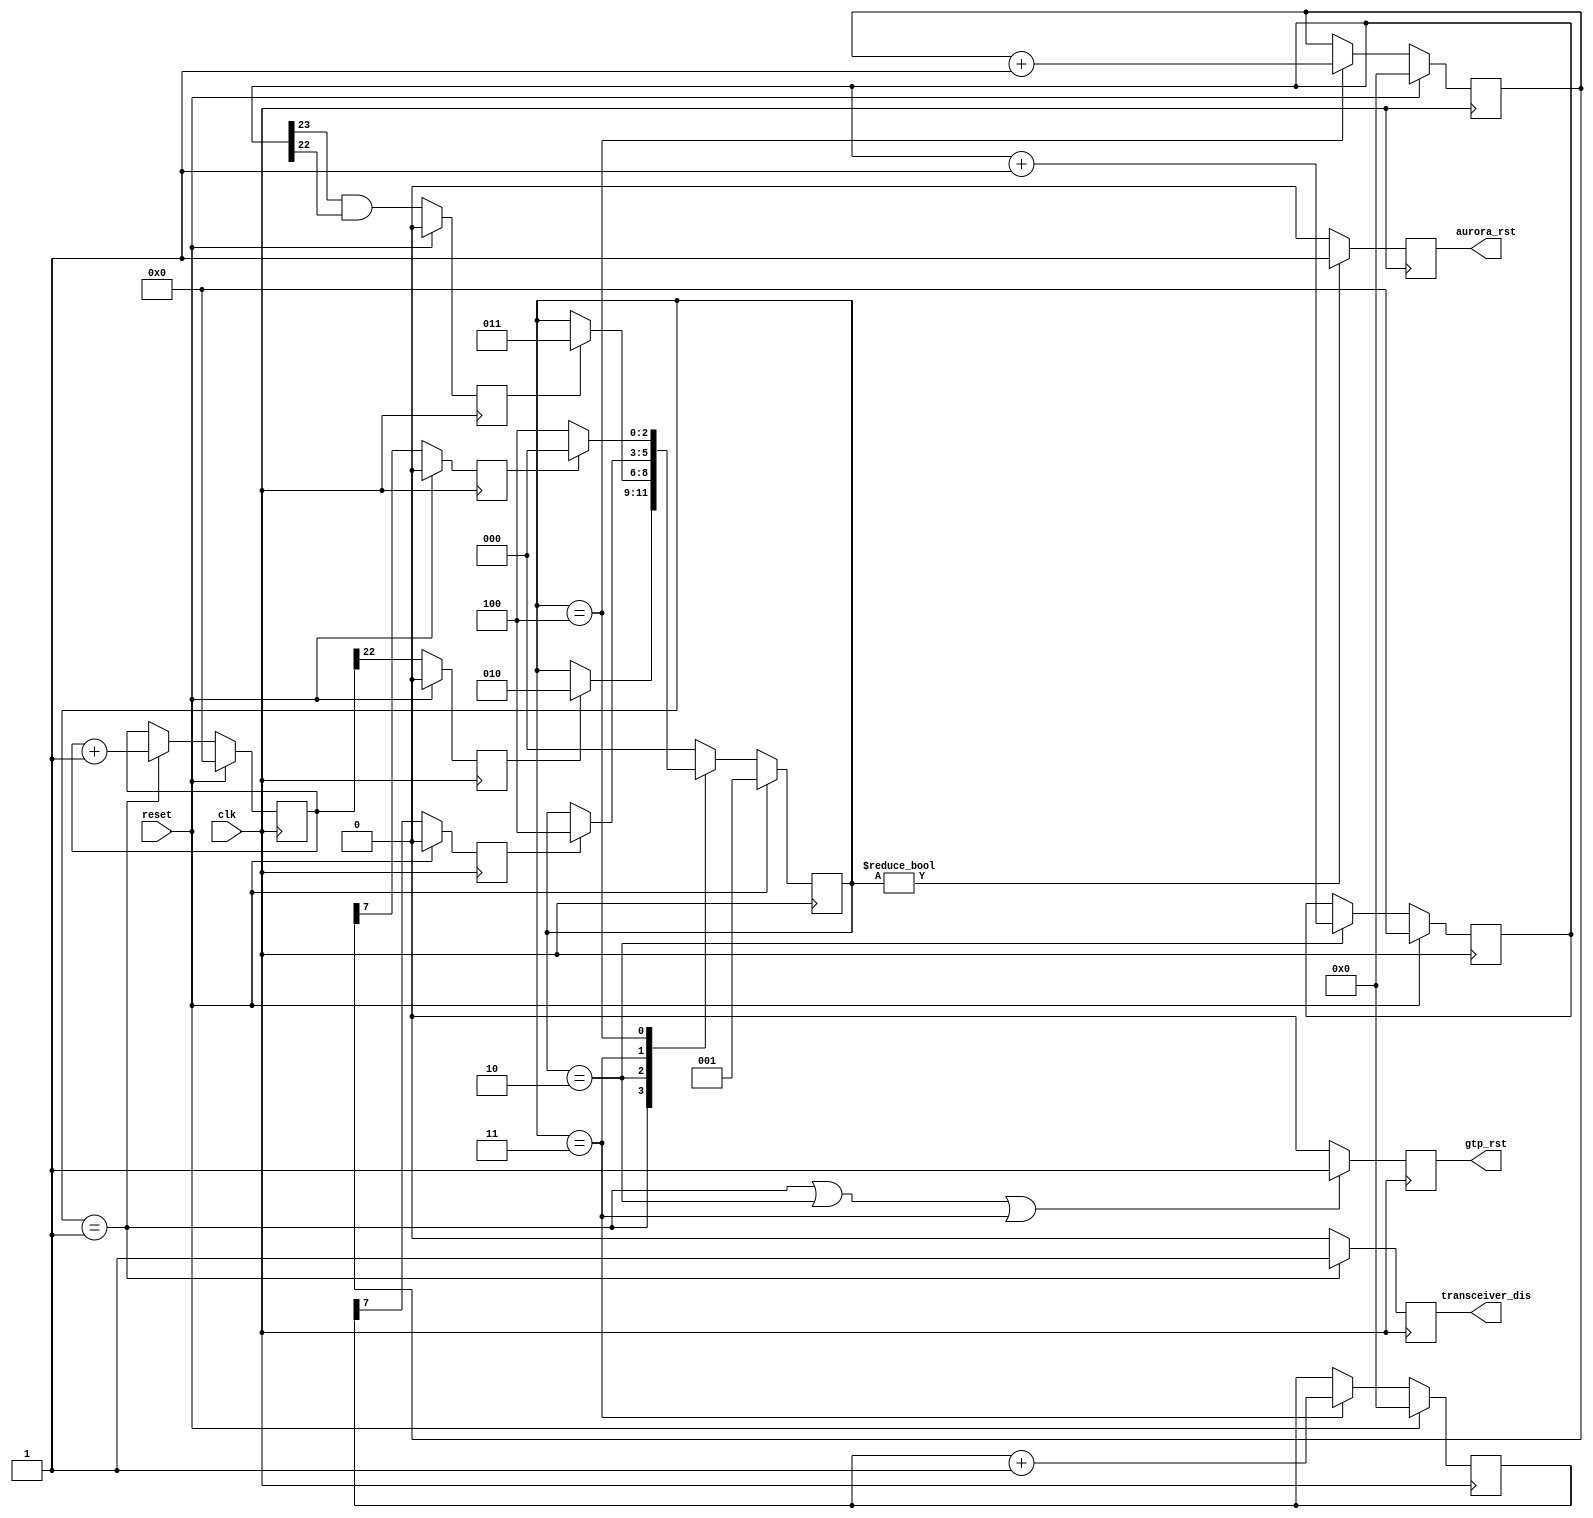
`timescale 1ns / 1ps
//////////////////////////////////////////////////////////////////////////////////
// Company: 
// Engineer: 
// 
// Design Name: 
// Module Name:    transceiver_reset 
// Project Name: 
// Target Devices: 
// Tool versions: 
// Description: 
//
// Dependencies: 
//
// Revision: 
// Revision 0.01 - File Created
// Additional Comments: 
//
//////////////////////////////////////////////////////////////////////////////////
module transceiver_reset(
		input reset,
		input clk, //init clock
		output reg transceiver_dis,
		output reg gtp_rst,
		output reg aurora_rst
    );

reg [2:0] state;
localparam IDLE=3'd0,
			  RESET_DIS=3'd1,
			  WAIT_DIS=3'd2,
			  WAIT_GTP=3'd3,
			  WAIT_RST=3'd4;
			  
reg [23:0] dis_100ms;
reg [23:0] dis_300ms;
reg reset_dis_done;
reg wait_dis_done;
reg [7:0] gtp_reset_cnt;
reg wait_gtp_done;
reg [7:0] wait_rst_cnt;
reg wait_rst_done;

initial begin
	dis_100ms<=24'b0;
	dis_300ms<=24'b0;
	reset_dis_done<=1'b0;
	wait_dis_done<=1'b0;
	gtp_reset_cnt<=8'b0;
	wait_gtp_done<=1'b0;
	wait_rst_cnt<=8'b0;
	wait_rst_done<=1'b0;
end

always@(posedge clk) begin
	if(reset)
		dis_100ms<=24'b0;	
	else if(state==RESET_DIS)
		dis_100ms<=dis_100ms+1'b1;
	else
		dis_100ms<=dis_100ms;
end

always@(posedge clk) begin
	if(reset)
		reset_dis_done<=1'b0;
	else
		reset_dis_done<=dis_100ms[22];
end
			  
always@(posedge clk) begin
	if(reset)
		dis_300ms<=24'b0;
	else if(state==WAIT_DIS)
		dis_300ms<=dis_300ms+1'b1;
	else
		dis_300ms<=dis_300ms;
end			  

always@(posedge clk) begin
	if(reset)
		wait_dis_done<=1'b0;
	else
		wait_dis_done<=dis_300ms[23]&dis_300ms[22];
end		

always@(posedge clk) begin
	if(reset)
		gtp_reset_cnt<=8'b0;
	else if(state==WAIT_GTP)
		gtp_reset_cnt<=gtp_reset_cnt+1'b1;
	else
		gtp_reset_cnt<=gtp_reset_cnt;
end	  

always@(posedge clk) begin
	if(reset)
		wait_gtp_done<=1'b0;
	else
		wait_gtp_done<=gtp_reset_cnt[7];
end	

always@(posedge clk) begin
	if(reset)
		wait_rst_cnt<=8'b0;
	else if(state==WAIT_RST)
		wait_rst_cnt<=wait_rst_cnt+1'b1;
	else
		wait_rst_cnt<=wait_rst_cnt;
end
		  
always@(posedge clk) begin
	if(reset)
		wait_rst_done<=1'b0;
	else
		wait_rst_done<=wait_rst_cnt[7];
end		  

initial begin
	state<=IDLE;
end				

always@(posedge clk) begin
	if(reset)
		state<=RESET_DIS;
	else begin
		case(state)
			RESET_DIS: begin
								if(reset_dis_done) state<=WAIT_DIS;
								else state<=state;
							end
			WAIT_DIS: begin
								if(wait_dis_done) state<=WAIT_GTP;
								else state<=state;
						 end
			WAIT_GTP: begin
								if(wait_gtp_done) state<=WAIT_RST;
								else state<=state;
						 end
			WAIT_RST: begin
								if(wait_rst_done) state<=IDLE;
								else state<=WAIT_RST;
						 end
			IDLE:		state<=IDLE;
			default: state<=IDLE;
		endcase
	end	
end

always@(posedge clk) begin
	if(state==RESET_DIS)
		transceiver_dis<=1'b1;
	else
		transceiver_dis<=1'b0;
end

always@(posedge clk) begin
	if(state==RESET_DIS || state==WAIT_DIS || state==WAIT_GTP)
		gtp_rst<=1'b1;
	else
		gtp_rst<=1'b0;
end

always@(posedge clk) begin
	if(state!=IDLE)
		aurora_rst<=1'b1;
	else
		aurora_rst<=1'b0;
end

endmodule